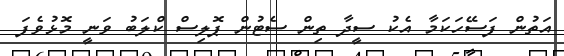
އަތުން ފަސޭހަކަމާ އެކު ސީދާ ތިން ސެޓުން ޕޮލިސް ކްލަބު ވަނީ މޮޅުވެފަ